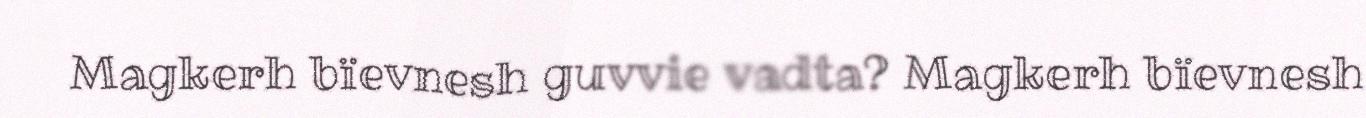
Magkerh bïevnesh guvvie vadta? Magkerh bïevnesh